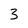
Character: 3